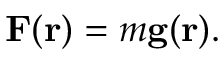
\mathbf { F } ( \mathbf { r } ) = m \mathbf { g } ( \mathbf { r } ) .